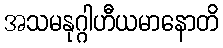
အသမနုဂ္ဂါဟီယမာနောတိ